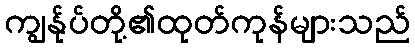
ကျွန်ုပ်တို့၏ထုတ်ကုန်များသည်